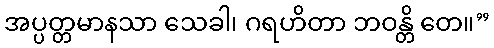
အပ္ပတ္တမာနသာ သေခါ၊ ဂရဟိတာ ဘဝန္တိ တေ။”